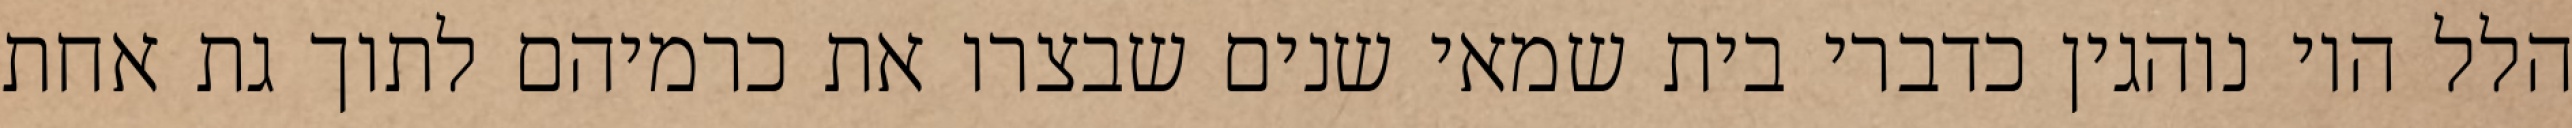
הלל היו נוהגין כדברי בית שמאי שנים שבצרו את כרמיהם לתוך גת אחת